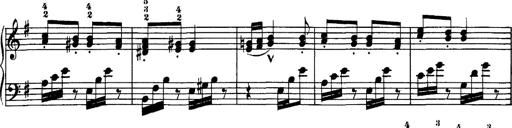
Title: Hungarian Rhapsody No.7
Composer: Franz Liszt
Key: D minor